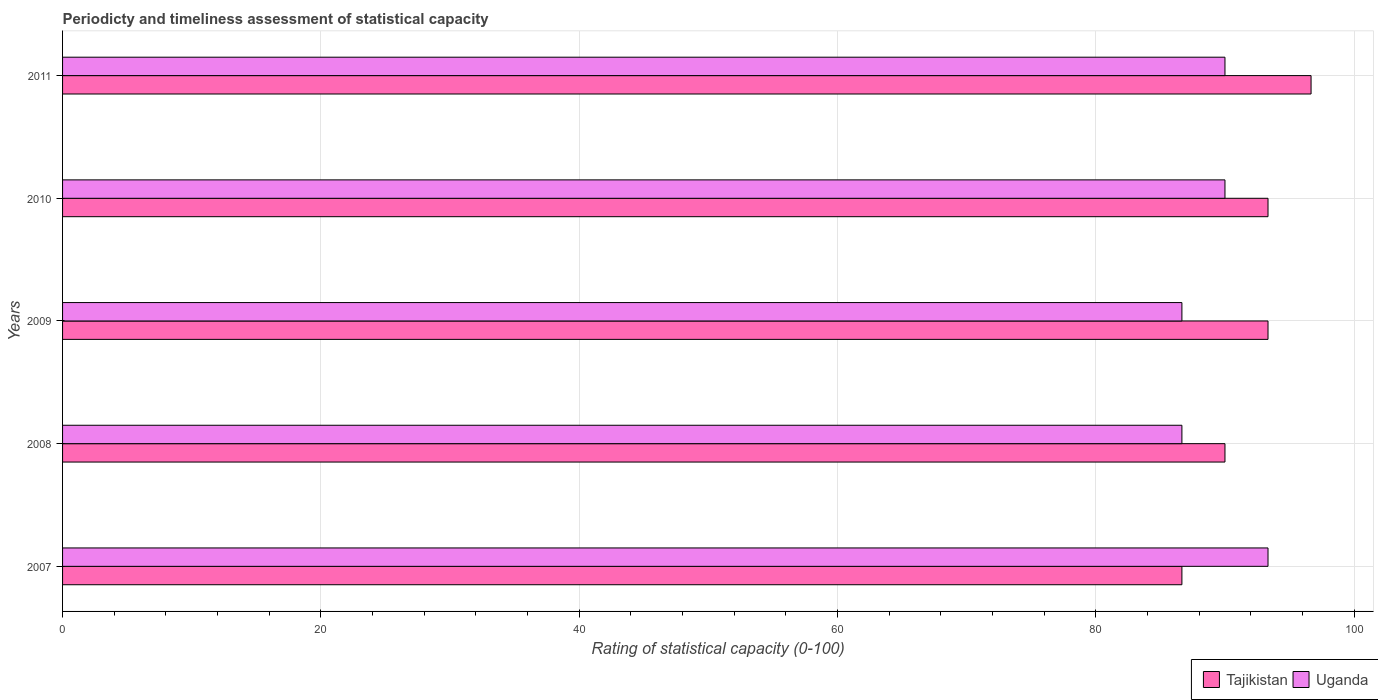
| Years | Tajikistan | Uganda |
 | --- | --- | --- |
 | 2007 | 86.7 | 93.3 |
 | 2008 | 90 | 86.7 |
 | 2009 | 93.3 | 86.7 |
 | 2010 | 93.3 | 90 |
 | 2011 | 96.7 | 90 |